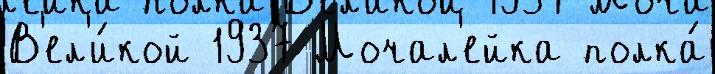
В'ел'и́кой 1937 Мочал'ейка полка́